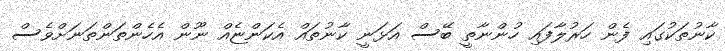
ކާނުތަކުގައި ފެން ހަރުލާފައި ހުންނާތީ ބޭސް އަޅަނީ ކާނުތައް އެކަންޏެއް ނޫން އެހެންތަންތަނަށްވެސް